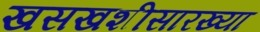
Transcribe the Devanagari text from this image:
खसखशीसारख्या